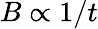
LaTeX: B\propto 1/t